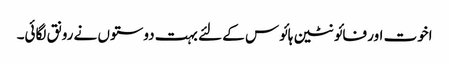
اخوت اور فائونٹین ہائوس کے لئے بہت دوستوں نے رونق لگائی۔